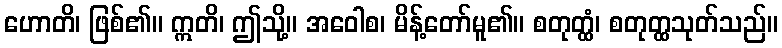
ဟောတိ၊ ဖြစ်၏။ ဣတိ၊ ဤသို့။ အဝေါစ၊ မိန့်တော်မူ၏။ စတုတ္ထံ၊ စတုတ္ထသုတ်သည်။